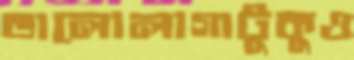
ভালোলাগাটুকুও